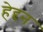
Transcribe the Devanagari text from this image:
हेद्दन